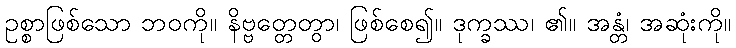
ဥစ္စာဖြစ်သော ဘဝကို။ နိဗ္ဗတ္တေတွာ၊ ဖြစ်စေ၍။ ဒုက္ခဿ၊ ၏။ အန္တံ၊ အဆုံးကို။